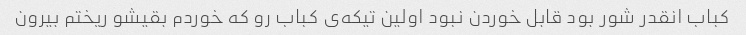
کباب انقدر شور بود قابل خوردن نبود اولین تیکه‌ی کباب رو که خوردم بقیشو ریختم بیرون